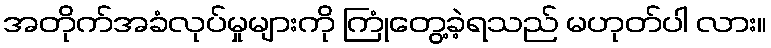
အတိုက်အခံလုပ်မှုများကို ကြုံတွေ့ခဲ့ရသည် မဟုတ်ပါ လား။